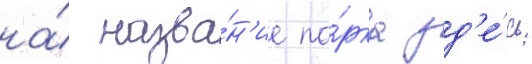
на́ назва́н'ие па́рка зд'е́сь